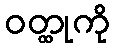
ဝတ္ထုကို